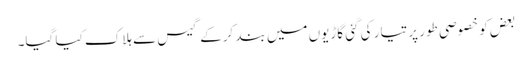
بعض کو خصوصی طور پر تیار کی گئی گاڑیوں میں بند کرکے گیس سے ہلاک کیا گیا۔